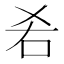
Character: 𠯌